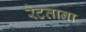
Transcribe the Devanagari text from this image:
रेटताना